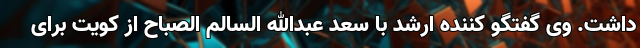
داشت. وی گفتگو کننده ارشد با سعد عبدالله السالم الصباح از کویت برای